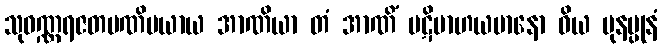
သုဝဏ္ဏရဇတမဏိမယာယ အာဏိယာ တံ အာဏိံ ပဋိဗာဟယမာနော ဝိယ ပုနပ္ပုနံ